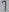
Text: 7